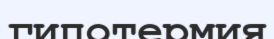
гипотермия